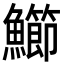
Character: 䲙